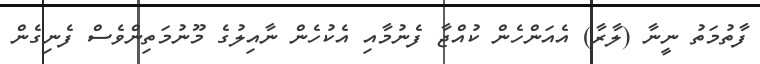
ފާތުމަތު ނީނާ (ލާރާ) އެއަންހެން ކުއްޖާ ފެނުމާއި އެކުހެން ނާއިލުގެ މޫނުމަތިންވެސް ފެނިގެން